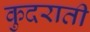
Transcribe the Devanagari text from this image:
कुदराती